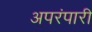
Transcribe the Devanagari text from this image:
अपरंपारी